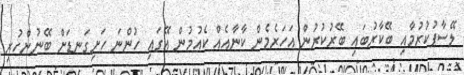
ލޭސާފުކުރުމާއި ބޭކާރުބައި ބޭރުކުރުން އަހަރެމެން ކާނާއެއް ކެއުމުން އޭގައި ހުންނަ ހަށިގަނޑަށް ބޭނުންހުރި